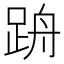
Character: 𲃢